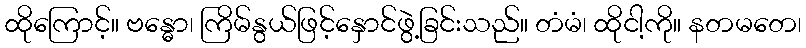
ထိုကြောင့်။ ဗန္ဓော၊ ကြိမ်နွယ်ဖြင့်နှောင်ဖွဲ့ခြင်းသည်။ တံမံ၊ ထိုငါ့ကို။ နတမတေ၊